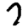
Digit: 7